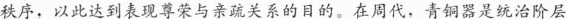
秩序，以此达到表现尊荣与亲疏关系的目的。在周代，青铜器是统治阶层